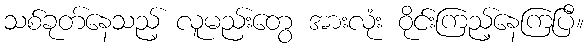
သစ်ခုတ်နေသည့် လူမည်းတွေ အားလုံး ဝိုင်းကြည့်နေကြပြီ။